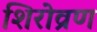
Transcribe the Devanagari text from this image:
शिरोव्रण